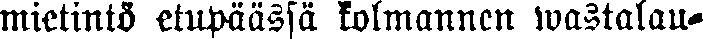
mietintö etupäässä kolmannen wastalau-